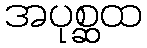
အပုစ္ဆထ